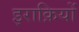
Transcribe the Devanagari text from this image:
इराक़ियों